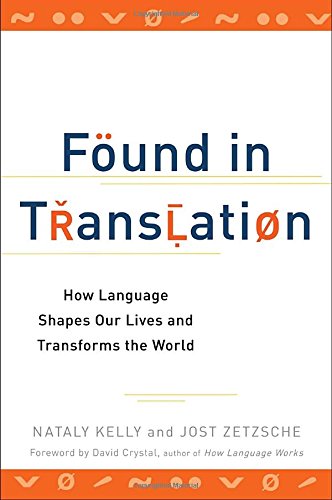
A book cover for Found in Translation: How Language Shapes Our Lives and Transforms the World; Nataly Kelly; Reference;